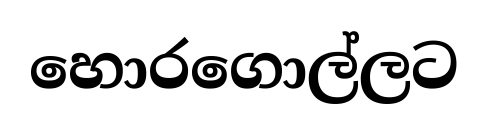
හොරගොල්ලට